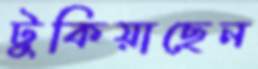
টুকিয়াছেন